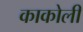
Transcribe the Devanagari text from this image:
काकोली